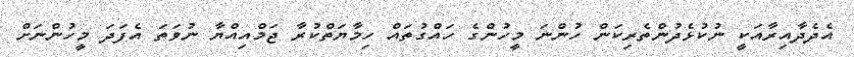
އެދެދާއިރާއަކީ ނުކުޅެދުންތެރިކަން ހުންނަ މީހުންގެ ހައްގުތައް ހިމާޔަތްކުރާ ޖަމްއިއްޔާ ނުވަތަ އެފަދަ މީހުންނަށް